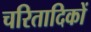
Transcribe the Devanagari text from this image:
चरितादिकों